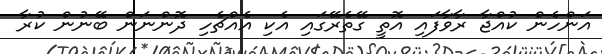
އަންހެން ކުއްޖާ ރާވާފައި އޮތީ ގޭތެރޭގައި އެކި އެއްޗެހި ދޮންނަން ބޭނުން ކުރާ